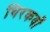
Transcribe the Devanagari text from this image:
थिरकवाँ